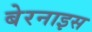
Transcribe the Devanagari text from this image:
बेरनाइस